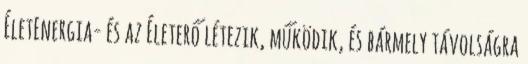
ÉletEnergia- és az Életerő létezik, működik, és bármely távolságra